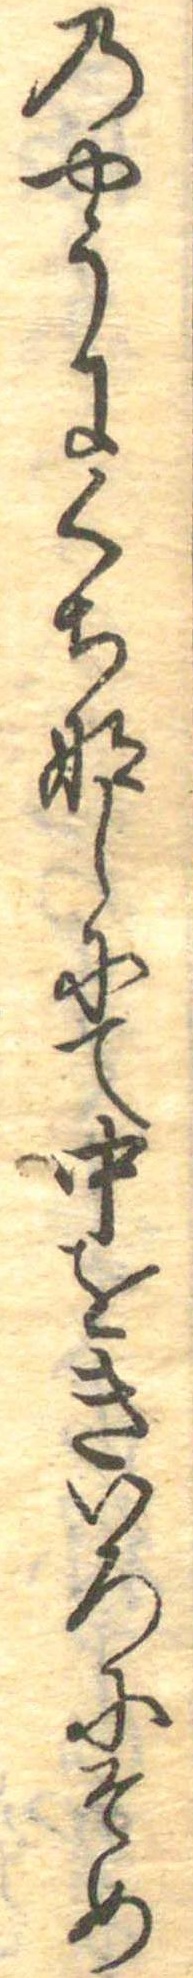
のやうにくちなしにて中をきいろにそめ